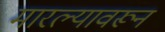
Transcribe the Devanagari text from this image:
मारल्यावरून